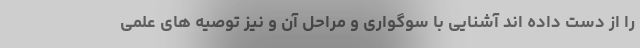
را از دست داده اند آشنایی با سوگواری و مراحل آن و نیز توصیه های علمی